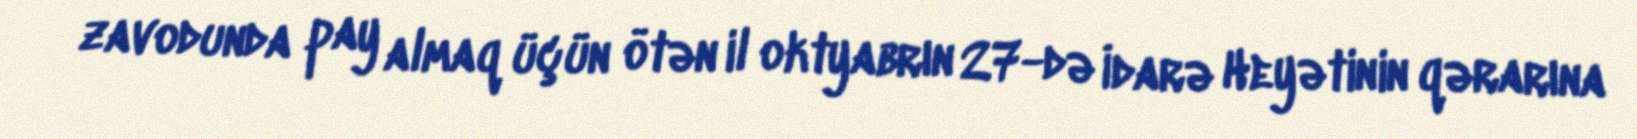
zavodunda pay almaq üçün ötən il oktyabrın 27-də İdarə Heyətinin qərarına